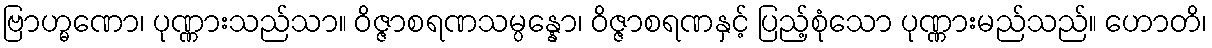
ဗြာဟ္မဏော၊ ပုဏ္ဏားသည်သာ။ ဝိဇ္ဇာစရဏသမ္ပန္နော၊ ဝိဇ္ဇာစရဏနှင့် ပြည့်စုံသော ပုဏ္ဏားမည်သည်။ ဟောတိ၊